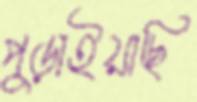
পুড়াইয়াছি